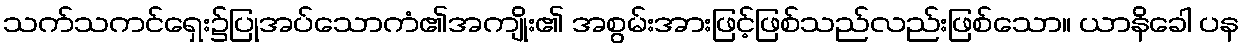
သက်သကင်ရှေး၌ပြုအပ်သောကံ၏အကျိုး၏ အစွမ်းအားဖြင့်ဖြစ်သည်လည်းဖြစ်သော။ ယာနိခေါ ပန